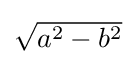
{\textstyle {\sqrt {a^{2}-b^{2}}}}